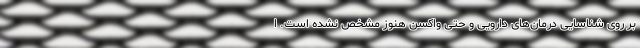
بر روی شناسایی درمان‌های دارویی و حتی واکسن هنوز مشخص نشده است. ا